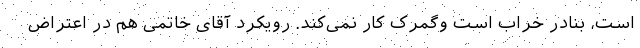
است، بنادر خراب است وگمرک کار نمی‌کند. رویکرد آقای خاتمی هم در اعتراض